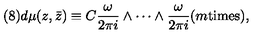
( 8 ) d \mu ( z , \bar { z } ) \equiv C \frac { \omega } { 2 \pi i } \wedge \cdots \wedge \frac { \omega } { 2 \pi i } ( m \mathrm { t i m e s } ) ,